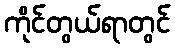
ကိုင်တွယ်ရာတွင်